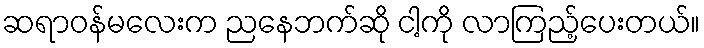
ဆရာဝန်မလေးက ညနေဘက်ဆို ငါ့ကို လာကြည့်ပေးတယ်။